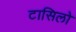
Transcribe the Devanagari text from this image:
टासिलो